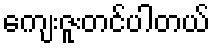
ကျေးဇူးတင်ပါတယ်